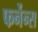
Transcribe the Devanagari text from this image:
फर्नेन्स